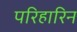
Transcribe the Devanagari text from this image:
परिहारिन